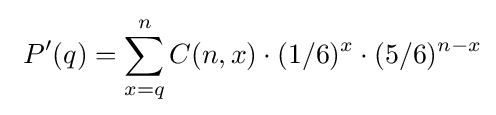
\ P'(q)=\sum _{x=q}^{n}C(n,x)\cdot (1/6)^{x}\cdot (5/6)^{n-x}